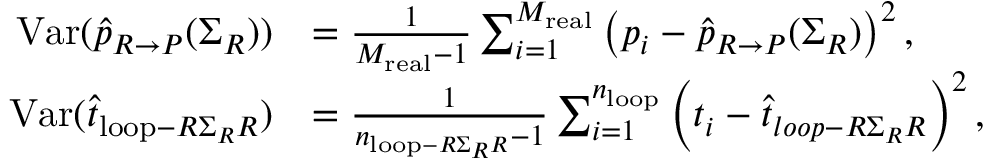
\begin{array} { r l } { \mathrm { V a r } ( \widehat { p } _ { R \rightarrow P } ( \Sigma _ { R } ) ) } & { = \frac { 1 } { M _ { \mathrm { r e a l } } - 1 } \sum _ { i = 1 } ^ { M _ { \mathrm { r e a l } } } \left( p _ { i } - \widehat { p } _ { R \rightarrow P } ( \Sigma _ { R } ) \right) ^ { 2 } , } \\ { \mathrm { V a r } ( \widehat { t } _ { \mathrm { l o o p } - R \Sigma _ { R } R } ) } & { = \frac { 1 } { n _ { \mathrm { l o o p } - R \Sigma _ { R } R } - 1 } \sum _ { i = 1 } ^ { n _ { \mathrm { l o o p } } } \left( t _ { i } - \widehat { t } _ { l o o p - R \Sigma _ { R } R } \right) ^ { 2 } , } \end{array}